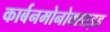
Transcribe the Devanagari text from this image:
कार्बनमोनोक्साइड